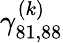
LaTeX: \gamma_{81,88}^{(k)}